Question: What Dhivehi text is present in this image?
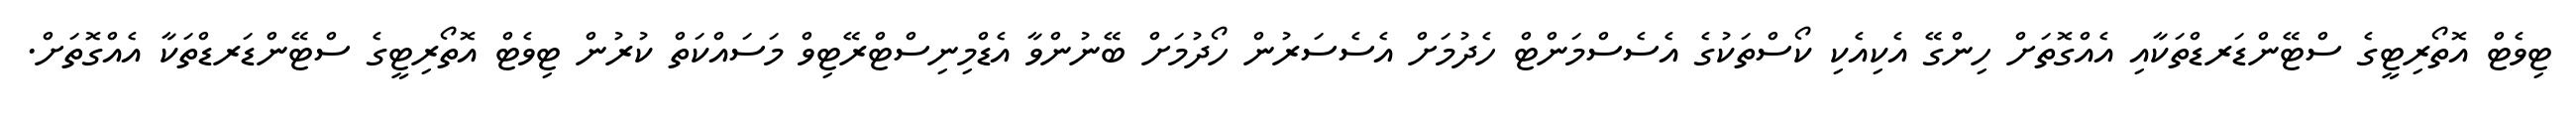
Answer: ޓިވެޓް އޮތޯރިޓީގެ ސްޓޭންޑަރޑްތަކާއި އެއްގޮތަށް ހިންގޭ އެކިއެކި ކޯސްތަކުގެ އެސެސްމަންޓް ހެދުމަށް އެސެސަރުން ހޯދުމަށް ބޭނުންވާ އެޑްމިނިސްޓްރޭޓިވް މަސައްކަތް ކުރުން ޓިވެޓް އޮތޯރިޓީގެ ސްޓޭންޑަރޑްތަކާ އެއްގޮތަށް.